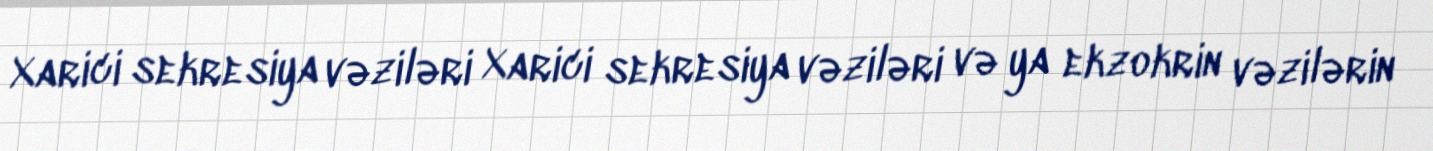
Xarici sekresiya vəziləri Xarici sekresiya vəziləri və ya ekzokrin vəzilərin